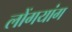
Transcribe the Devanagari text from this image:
लोंगयांग